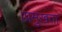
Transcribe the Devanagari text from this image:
।प्रमुखता